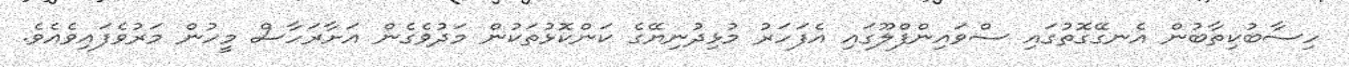
ހިސާބުކިތާބުން އެނގޭގޮތުގައި ސްވައިންފްލޫގައި އެފަހަރު މުޅިދުނިޔޭގެ ކަންކޮޅުތަކުން މަދުވެގެން އަށާރަހާސް މީހުން މަރުވެފައިވެއެވެ.